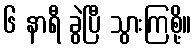
၆ နာရီ ခွဲပြီ သွားကြစို့။